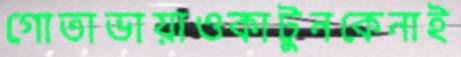
গোতাভায়াওকাটুনকেনাই